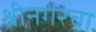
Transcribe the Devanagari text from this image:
श्रीनगरचा